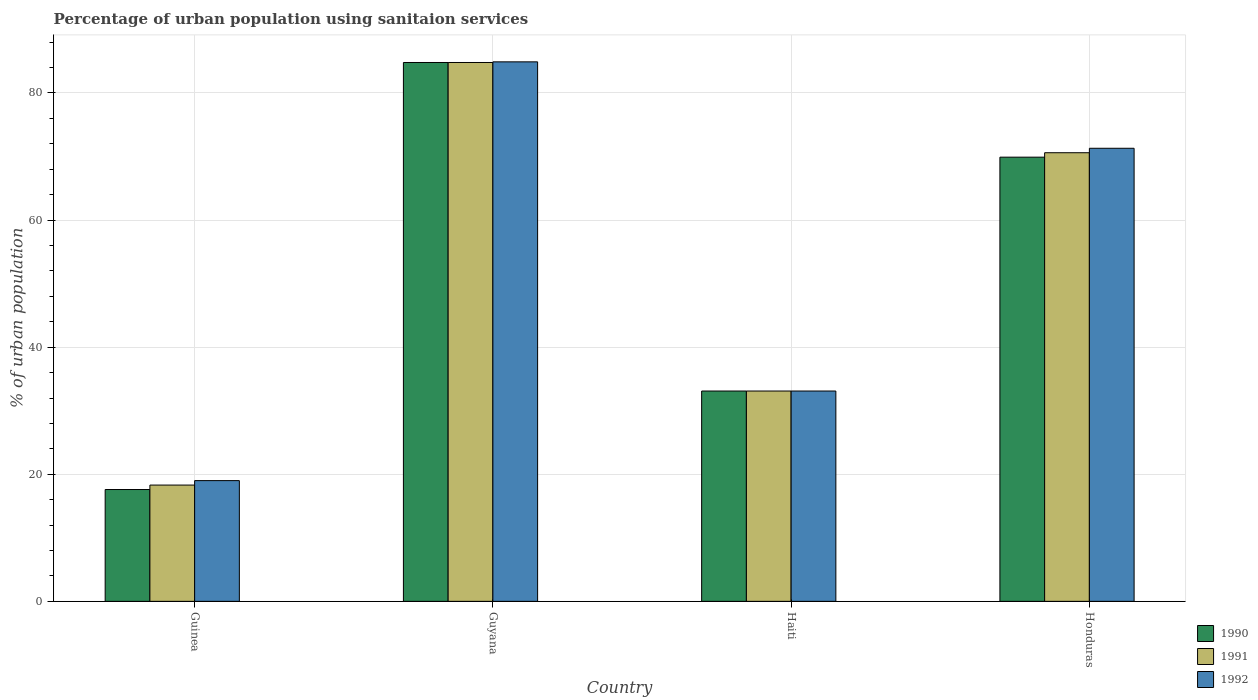
| Country | 1990 | 1991 | 1992 |
 | --- | --- | --- | --- |
 | Guinea | 17.6 | 18.3 | 19 |
 | Guyana | 84.8 | 84.8 | 84.9 |
 | Haiti | 33.1 | 33.1 | 33.1 |
 | Honduras | 69.9 | 70.6 | 71.3 |